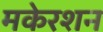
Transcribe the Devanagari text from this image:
मकेरशन